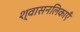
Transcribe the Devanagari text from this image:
श्वासनलिकाएँ